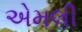
એમલી